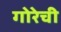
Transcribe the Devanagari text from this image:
गोरेची